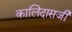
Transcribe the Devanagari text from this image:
कालिदासजी